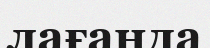
лағанда